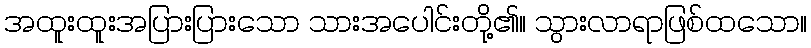
အထူးထူးအပြားပြားသော သားအပေါင်းတို့၏။ သွားလာရာဖြစ်ထသော။